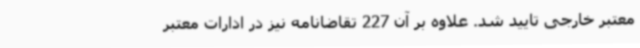
معتبر خارجی تایید شد. علاوه بر آن 227 تقاضانامه نیز در ادارات معتبر